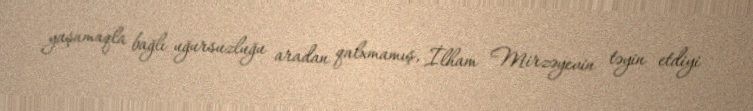
yaşamaqla bağlı uğursuzluğu aradan qalxmamış, İlham Mirzəyevin təyin etdiyi